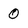
Character: 0